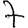
Digit: 7